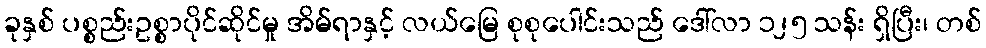
ခုနှစ် ပစ္စည်းဥစ္စာပိုင်ဆိုင်မှု အိမ်ရာနှင့် လယ်မြေ စုစုပေါင်းသည် ဒေါ်လာ ၁၂၅ သန်း ရှိပြီး၊ တစ်